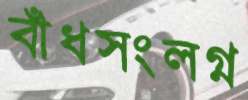
বাঁধসংলগ্ন